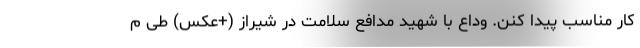
کار مناسب پیدا کنن. وداع با شهید مدافع سلامت در شیراز (+عکس) طی م